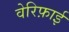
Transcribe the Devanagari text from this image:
वेरिफ़ाई